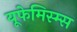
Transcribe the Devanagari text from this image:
यूफेमिस्म्स